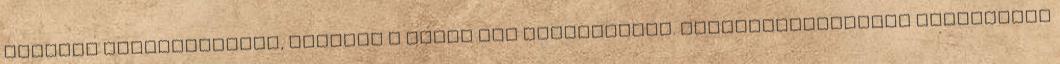
tartozó vállalkozások, illetve a német IKB Borostyánkő. járadékbiztosítás szerződési